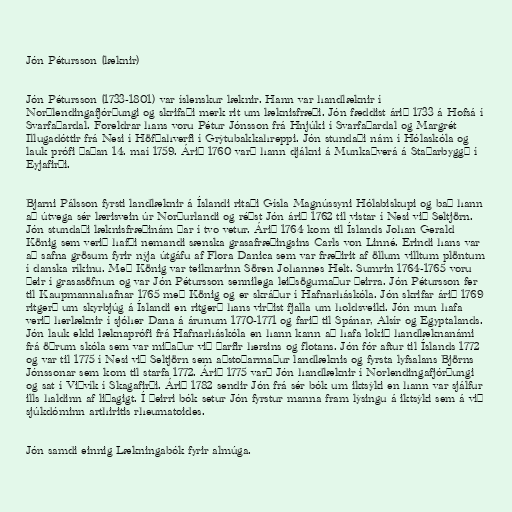
Jón Pétursson (læknir)

Jón Pétursson (1733-1801) var íslenskur læknir. Hann var handlæknir í
Norðlendingafjórðungi og skrifaði merk rit um læknisfræði. Jón fæddist árið 1733 á Hofsá í
Svarfaðardal. Foreldrar hans voru Pétur Jónsson frá Hnjúki í Svarfaðardal og Margrét
Illugadóttir frá Nesi í Höfðahverfi í Grýtubakkahreppi. Jón stundaði nám í Hólaskóla og
lauk prófi þaðan 14. maí 1759. Árið 1760 varð hann djákni á Munkaþverá á Staðarbyggð í
Eyjafirði.

Bjarni Pálsson fyrsti landlæknir á Íslandi ritaði Gísla Magnússyni Hólabiskupi og bað hann
að útvega sér lærisvein úr Norðurlandi og réðst Jón árið 1762 til vistar í Nesi við Seltjörn.
Jón stundaði læknisfræðinám þar í tvo vetur. Árið 1764 kom til Íslands Johan Gerald
König sem verið hafði nemandi sænska grasafræðingsins Carls von Linné. Erindi hans var
að safna grösum fyrir nýja útgáfu af Flora Danica sem var fræðirit af öllum villtum plöntum
í danska ríkinu. Með König var teiknarinn Sören Johannes Helt. Sumrin 1764-1765 voru
þeir í grasasöfnun og var Jón Pétursson sennilega leiðsögumaður þeirra. Jón Pétursson fer
til Kaupmannahafnar 1765 með König og er skráður í Hafnarháskóla. Jón skrifar árið 1769
ritgerð um skyrbjúg á Íslandi en ritgerð hans virðist fjalla um holdsveiki. Jón mun hafa
verið herlæknir í sjóher Dana á árunum 1770-1771 og farið til Spánar, Alsír og Egyptalands.
Jón lauk ekki læknaprófi frá Hafnarháskóla en hann kann að hafa lokið handlæknanámi
frá öðrum skóla sem var miðaður við þarfir hersins og flotans. Jón fór aftur til Íslands 1772
og var til 1775 í Nesi við Seltjörn sem aðstoðarmaður landlæknis og fyrsta lyfsalans Björns
Jónssonar sem kom til starfa 1772. Árið 1775 varð Jón handlæknir í Norlendingafjórðungi
og sat í Viðvík í Skagafirði. Árið 1782 sendir Jón frá sér bók um iktsýki en hann var sjálfur
ills haldinn af liðagigt. Í þeirri bók setur Jón fyrstur manna fram lýsingu á iktsýki sem á við
sjúkdóminn arthiritis rheumatoides.

Jón samdi einnig Lækningabók fyrir almúga.